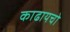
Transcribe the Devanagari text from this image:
काढायचो